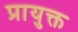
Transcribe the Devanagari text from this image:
प्रायुक्त